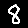
Digit: 8